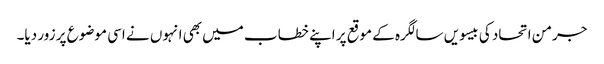
جرمن اتحاد کی بیسویں سالگرہ کے موقع پر اپنے خطاب میں بھی انہوں نے اسی موضوع پر زور دیا۔